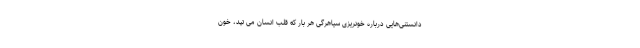
دانستنی‌هایی درباره خونریزی سیاهرگی هر بار که قلب انسان می تپد، خون